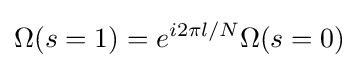
\Omega (s=1)=e^{i2\pi l/N}\Omega (s=0)